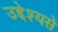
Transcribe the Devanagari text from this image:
उद्देश्‍यसे